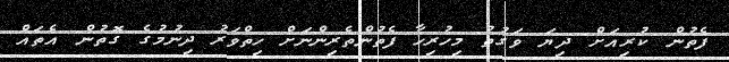
ފެތުން ކުރިއަށް ދިޔަ ވަގުތު މިހުރިހާ ފެތުންތެރިންނަށް ހިތްވަރު ދިނުމުގެ ގޮތުން އެތައް